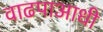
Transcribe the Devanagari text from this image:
वाढपाआधी